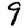
Digit: 9